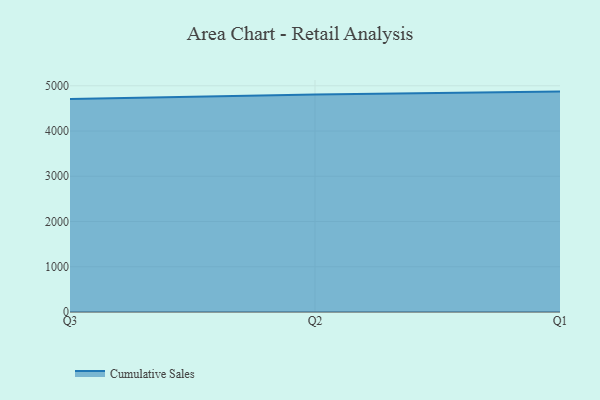
{"axis": {"x": "Quarter", "y": "Website Visitors"}, "legend": ["Cumulative Sales"], "data": [{"x": "Q3", "y": 4705.9, "type": "Cumulative Sales"}, {"x": "Q2", "y": 4807.2, "type": "Cumulative Sales"}, {"x": "Q1", "y": 4871.5, "type": "Cumulative Sales"}]}